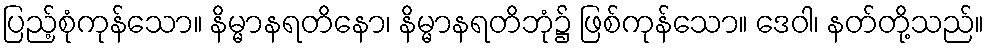
ပြည့်စုံကုန်သော။ နိမ္မာနရတိနော၊ နိမ္မာနရတိဘုံ၌ ဖြစ်ကုန်သော။ ဒေဝါ၊ နတ်တို့သည်။